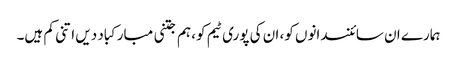
ہمارے ان سائنسدانوں کو، ان کی پوری ٹیم کو، ہم جتنی مبارکباد دیں اتنی کم ہیں۔